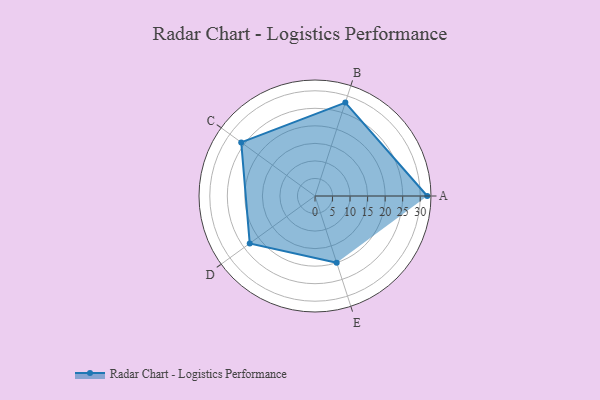
{"axis": {"x": "Skill", "y": "Score"}, "legend": ["Profile"], "data": [{"x": "A", "y": 32.0, "type": "Profile"}, {"x": "B", "y": 28.0, "type": "Profile"}, {"x": "C", "y": 26.0, "type": "Profile"}, {"x": "D", "y": 23.0, "type": "Profile"}, {"x": "E", "y": 20, "type": "Profile"}]}